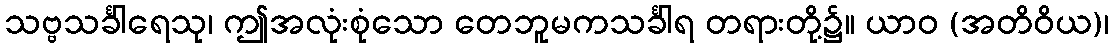
သဗ္ဗသင်္ခါရေသု၊ ဤအလုံးစုံသော တေဘူမကသင်္ခါရ တရားတို့၌။ ယာဝ (အတိဝိယ)၊